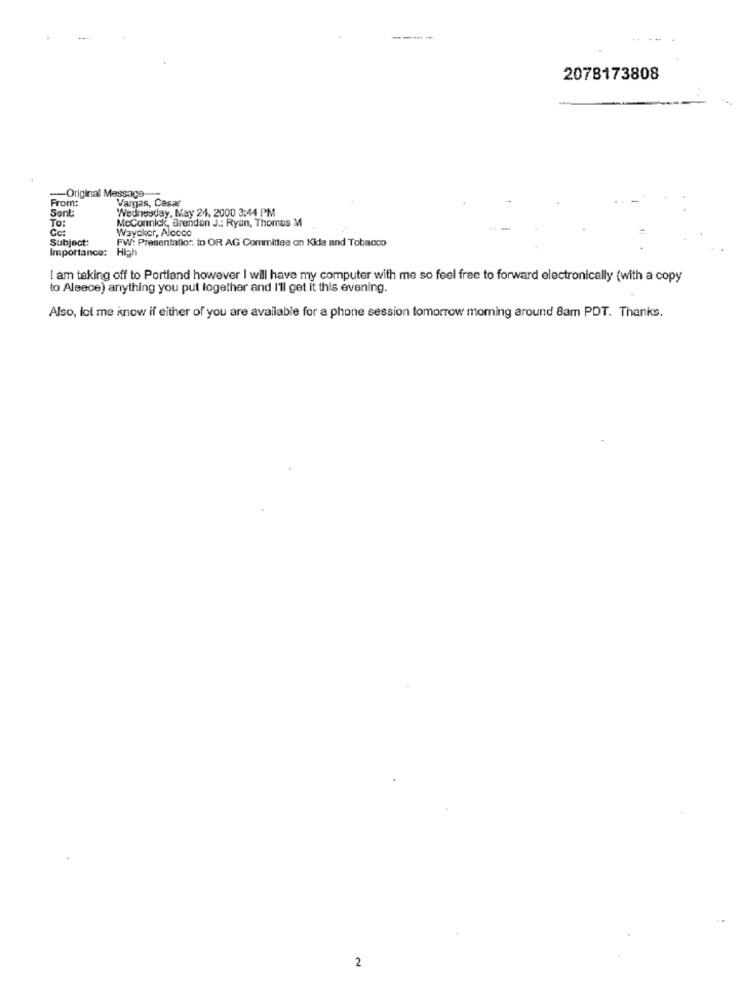
2078173808
From:
-- Original Message ---
Vargas, Cesar
Sont
Wednesday, May 24, 2000 3:44 PM
TO:
Cc:
Waycker, Alcoco
McConnick, Brendan J .; Ryan, Thomas M
Subject:
FW: Presentation. to OR AG Committee on Kids and Tobacco
Importance:
High
I am taking off to Portland however I will have my computer with me so feel free to forward electronically (with a copy
to Aleece) anything you put together and I'll get it this evening.
Also, lot me know if either of you are available for a phone session tomorrow morning around 8am PDT. Thanks.
2